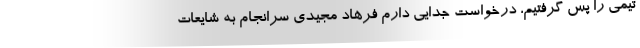
تیمی را پس گرفتیم، درخواست جدایی دارم فرهاد مجیدی سرانجام به شایعات